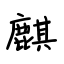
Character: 麒